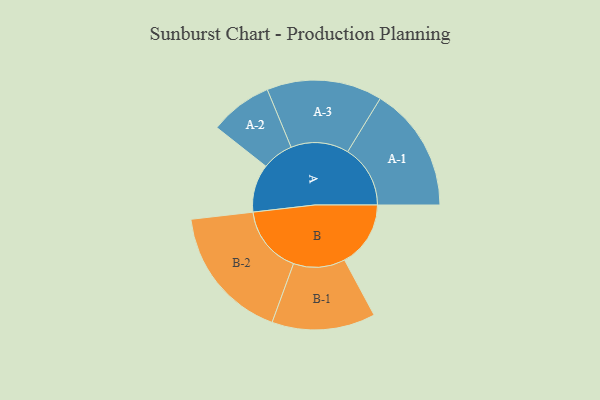
{"axis": {"x": "Segment", "y": "Value"}, "legend": ["", "A", "B"], "data": [{"x": "A", "y": 167, "type": ""}, {"x": "B", "y": 230, "type": ""}, {"x": "A-1", "y": 218, "type": "A"}, {"x": "A-2", "y": 109, "type": "A"}, {"x": "A-3", "y": 201, "type": "A"}, {"x": "B-1", "y": 180, "type": "B"}, {"x": "B-2", "y": 236, "type": "B"}]}